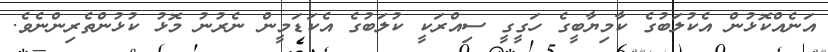
އަނެއްކޮޅުން އެކުލަބުގެ ކާމިޔާބީގެ ހަގީގީ ސިއްރަކީ ކުލަބުގެ އެކަޑަމީން ނެރުނު މޮޅު ކުޅުންތެރިންނެވެ.